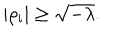
| \rho _ { i } | \geq \sqrt { - \lambda } .